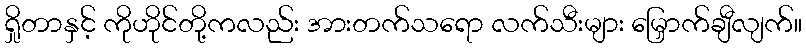
ရှိုတာနှင့် ကိုဟိုင်တို့ကလည်း အားတက်သရော လက်သီးများ မြှောက်ချီလျက်။